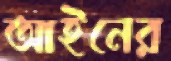
আইনের